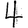
Digit: 4